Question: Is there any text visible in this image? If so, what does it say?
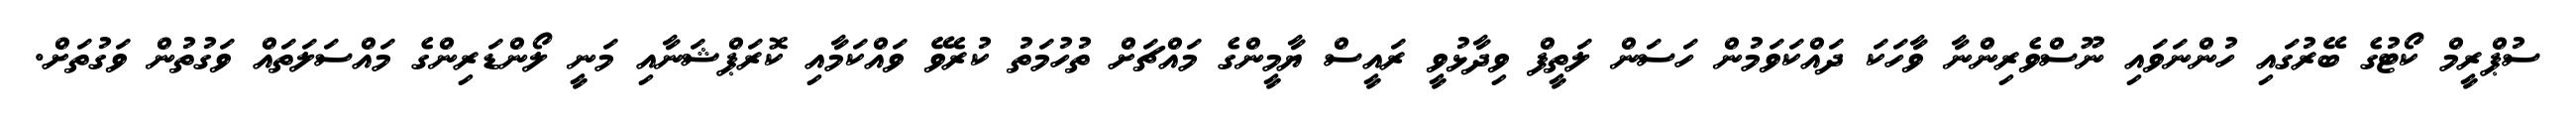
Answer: ސުޕްރީމް ކޯޓުގެ ބޭރުގައި ހުންނަވައި ނޫސްވެރިންނާ ވާހަކަ ދައްކަވަމުން ހަސަން ލަތީފް ވިދާޅުވީ ރައީސް ޔާމީންގެ މައްޗަށް ތުހުމަތު ކުރެވޭ ވައްކަމާއި ކޮރަޕްޝަނާއި މަނީ ލޯންޑަރިންގެ މައްސަލަތައް ވަގުތުން ވަގުތަށް.